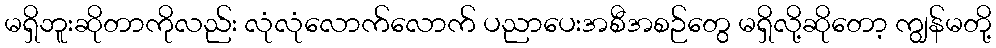
မရှိဘူးဆိုတာကိုလည်း လုံလုံလောက်လောက် ပညာပေးအစီအစဉ်တွေ မရှိလို့ဆိုတော့ ကျွန်မတို့